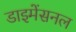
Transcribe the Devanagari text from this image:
डाइमेंसनल